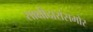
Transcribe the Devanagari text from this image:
साक्षीदारांसमोर